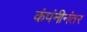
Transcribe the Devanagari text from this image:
कंपंनीनंतर